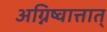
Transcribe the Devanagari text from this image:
अग्निष्वात्तात्